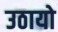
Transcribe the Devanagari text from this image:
उठायो